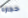
حجارة